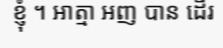
ខ្ញុំ ។ អាត្មា អញ បាន ដើរ